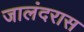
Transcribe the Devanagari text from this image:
जालंदरास